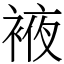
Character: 䘸